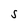
Character: S